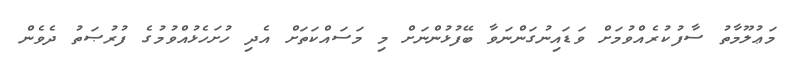
މަޢުލޫމާތު ސާފުކުރެއްވުމަށް ވަޑައިނުގަންނަވާ ބޭފުޅުންނަށް މި މަސައްކަތަށް އެދި ހުށަހެޅުއްވުމުގެ ފުރުޞަތު ދެވެން